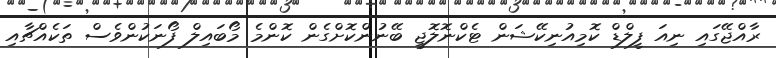
ރާއްޖޭގައި ނިއަ ފީލްޑް ކޮމިއުނިކޭޝަން ޓެކްނޮލޮޖީ ބޭނުންކޮށްގެން ކޮންމެ މޯބައިލް ފޯނަކުންވެސް ތަކެއްޗާއި